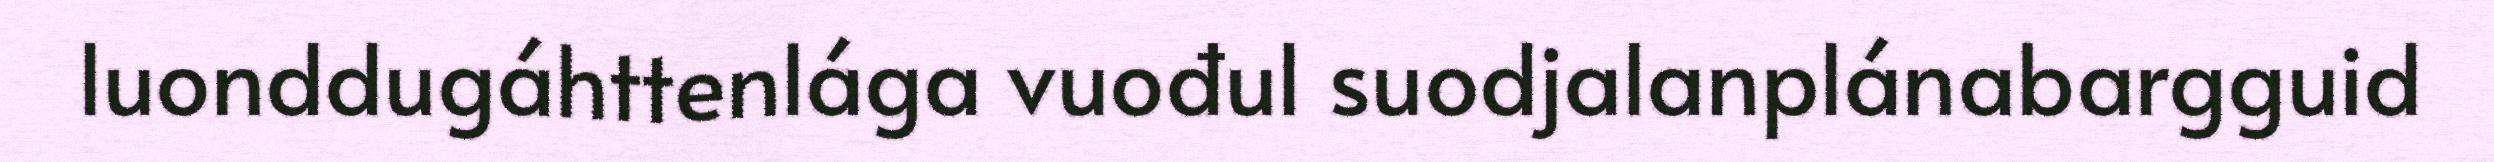
luonddugáhttenlága vuođul suodjalanplánabargguid